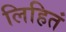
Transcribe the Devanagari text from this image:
लिहितं